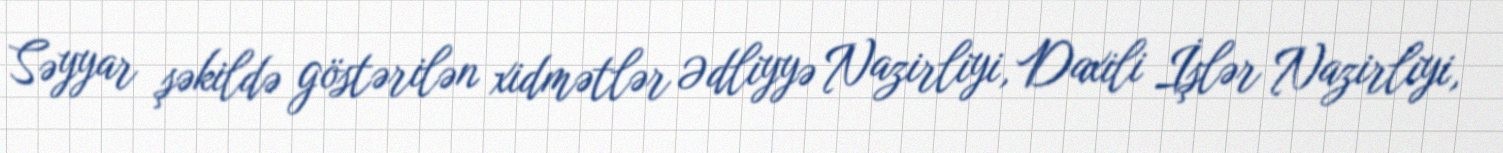
Səyyar şəkildə göstərilən xidmətlər Ədliyyə Nazirliyi, Daxili İşlər Nazirliyi,